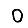
Digit: 0